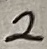
Text: 2